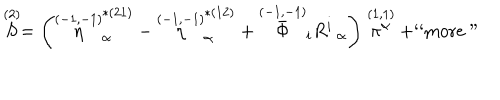
LaTeX: \stackrel { ( 2 ) } { S } = \left( \stackrel { ( - 1 , - 1 ) } { \eta } _ { \alpha } ^ { * ( 2 1 ) } - \stackrel { ( - 1 , - 1 ) } { \eta } _ { \alpha } ^ { * ( 1 2 ) } + \stackrel { ( - 1 , - 1 ) } { \bar { \Phi } } _ { i } R _ { \; \; \alpha } ^ { i } \right) \stackrel { ( 1 , 1 ) } { \pi ^ { \alpha } } + \mathrm { ` ` m o r e " }